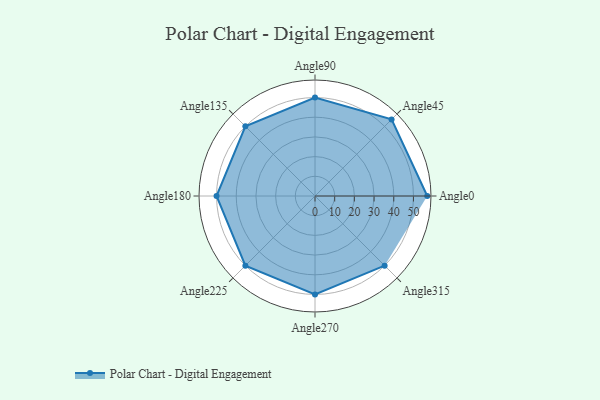
{"axis": {"x": "Angle", "y": "Radius"}, "legend": [""], "data": [{"x": "Angle0", "y": 57.0, "type": ""}, {"x": "Angle45", "y": 55.0, "type": ""}, {"x": "Angle90", "y": 50, "type": ""}, {"x": "Angle135", "y": 50, "type": ""}, {"x": "Angle180", "y": 50, "type": ""}, {"x": "Angle225", "y": 50.0, "type": ""}, {"x": "Angle270", "y": 50.0, "type": ""}, {"x": "Angle315", "y": 50, "type": ""}]}